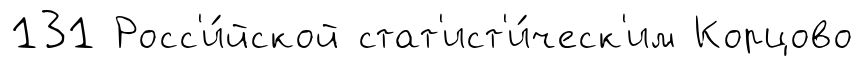
131 Росс'и́йской стат'ист'и́ческ'им Корцово